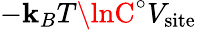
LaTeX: -\mathbf{k}_{B}T\lnC^{\circ}V_{\mathrm{{site}}}